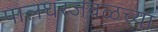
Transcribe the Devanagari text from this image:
पालघरजवळच्या